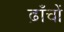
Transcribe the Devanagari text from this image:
ढ़ाँचों